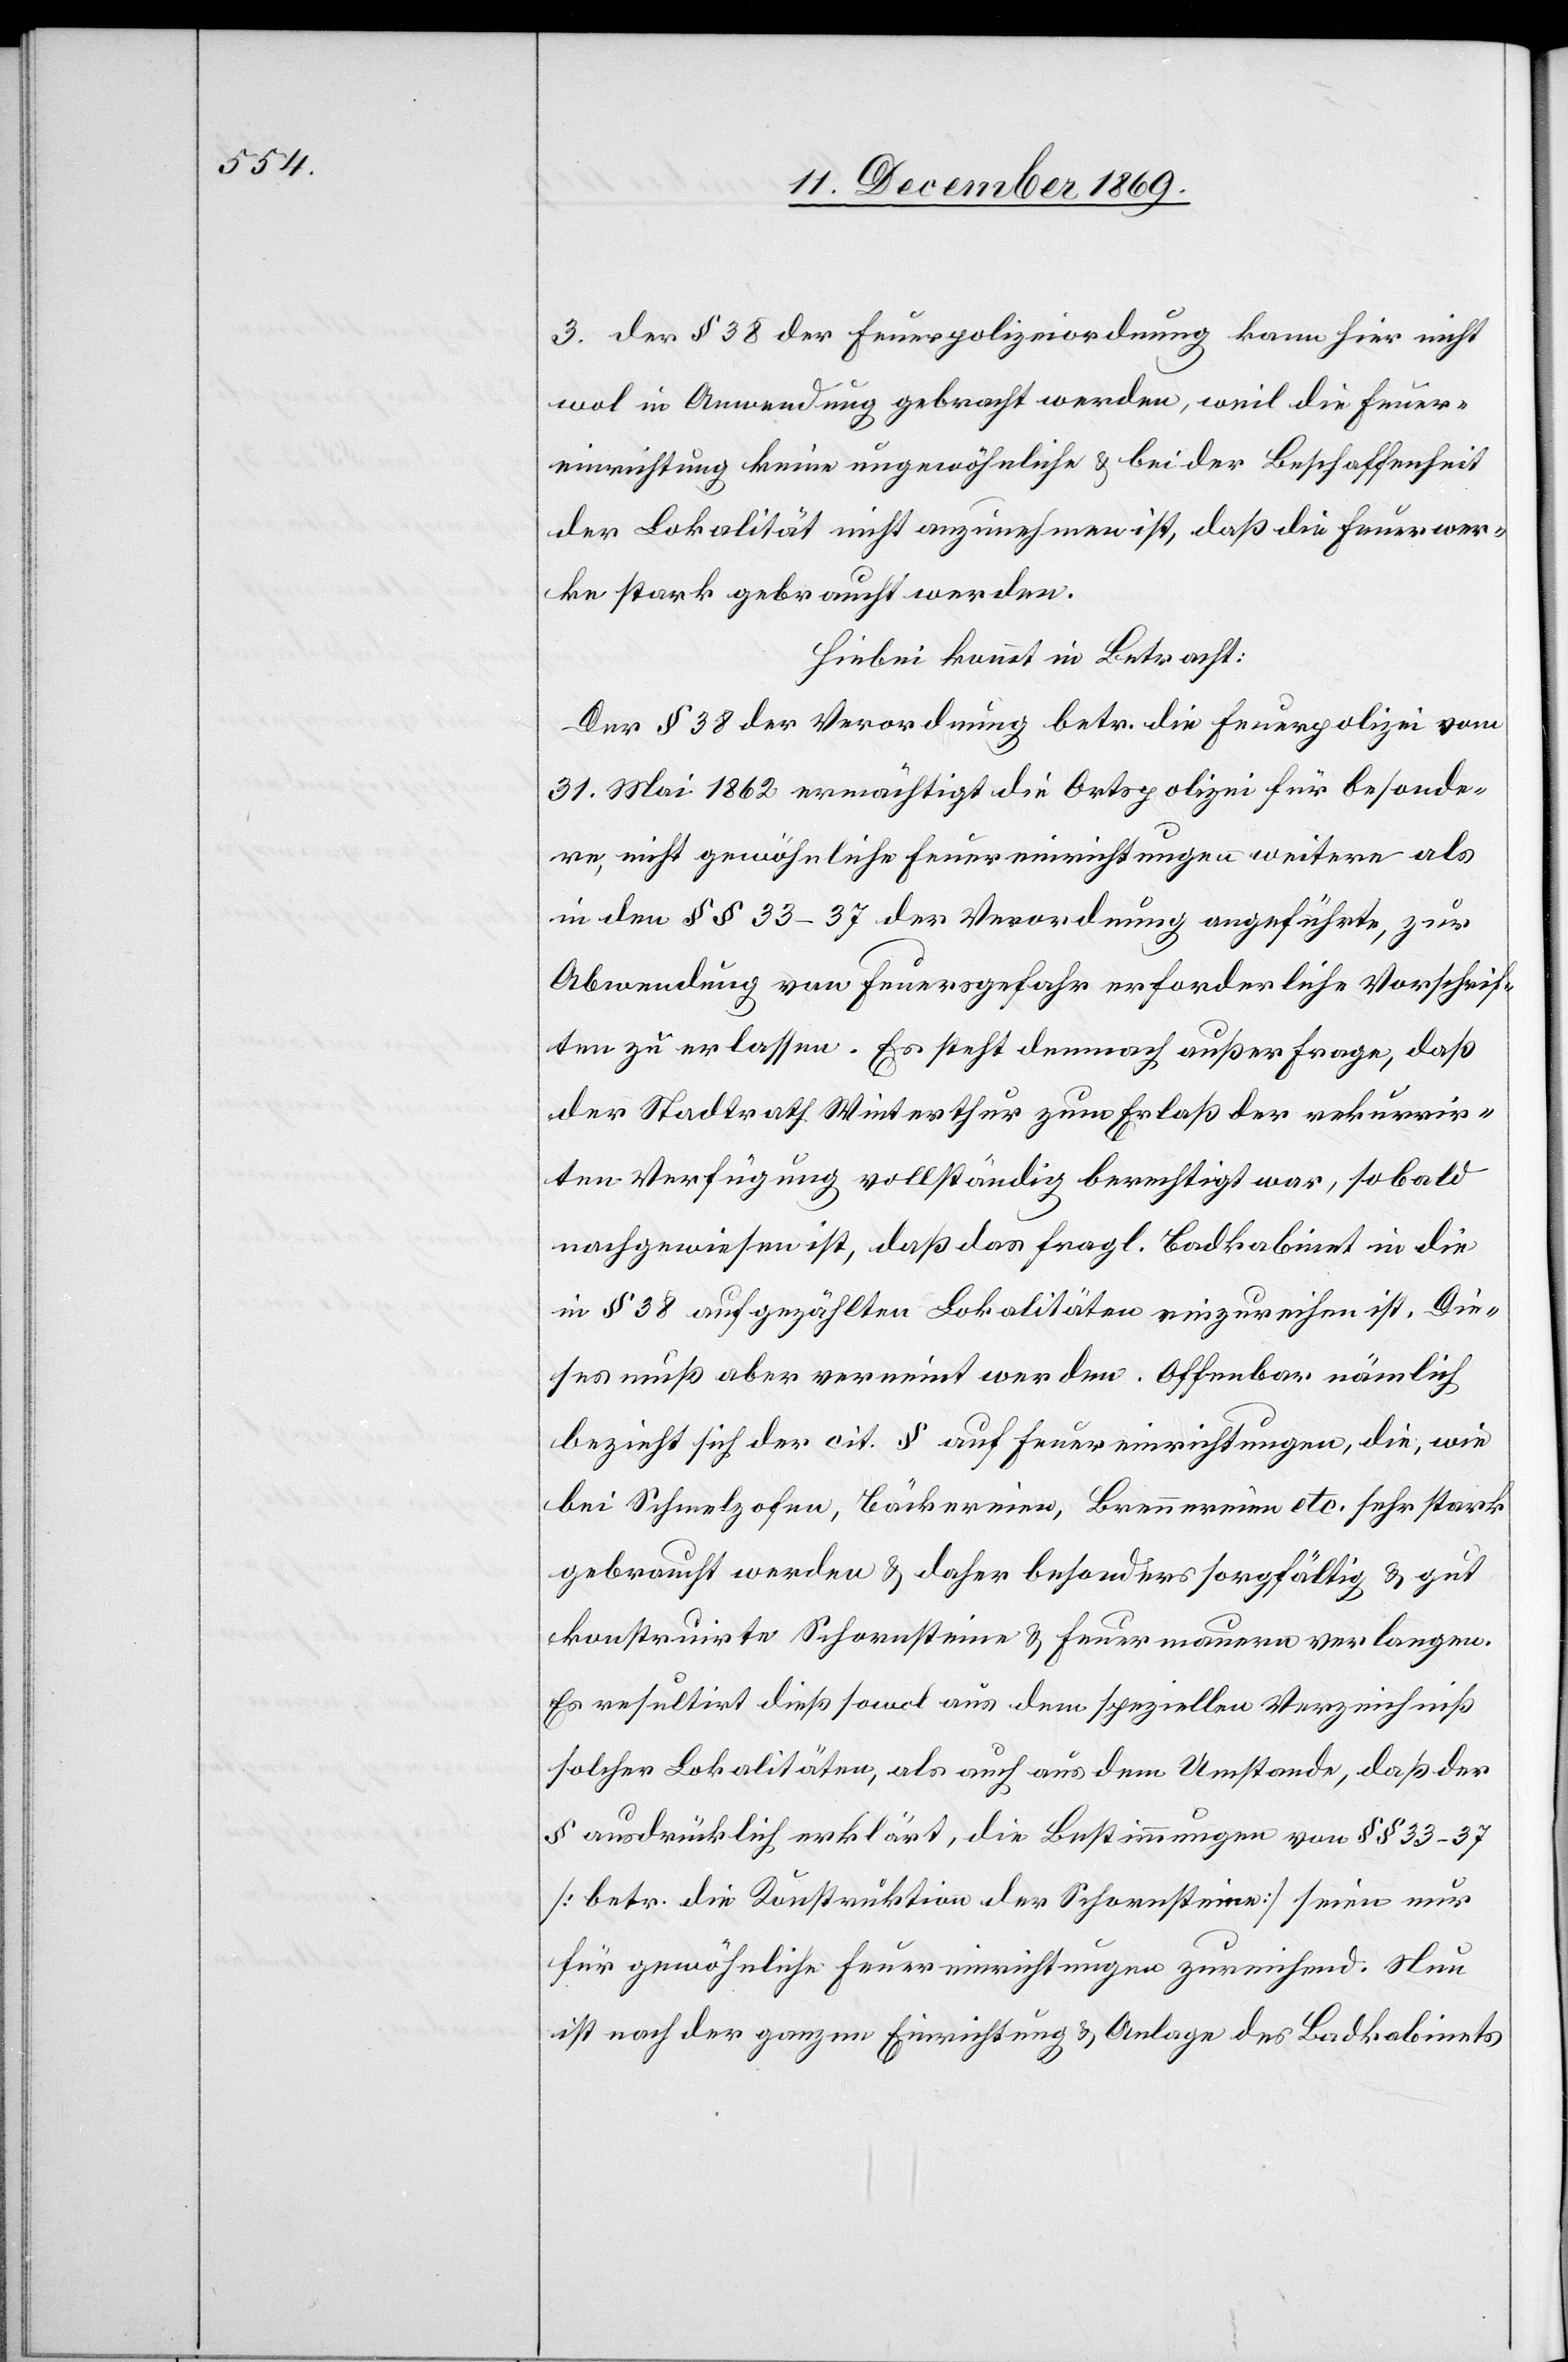
3. der § 38 der Feuerpolizeiordnung kann hier nicht
wol in Anwendung gebracht werden, weil die Feuer¬
einrichtung keine ungewöhnliche & bei der Beschaffenheit
der Lokalität nicht anzunehmen ist, daß die Feuerwer¬
ke stark gebraucht werden.
Hiebei kommt in Betracht:
Der § 38 der Verordnung betr. die Feuerpolizei vom
31. Mai 1862 ermächtigt die Ortspolizei für besonde¬
re, nicht gewöhnliche Feuereinrichtungen weitere als
in den §§ 33–37 der Verordnung angeführte, zur
Abwendung von Feuersgefahr erforderliche Vorschrif¬
ten zu erlassen. Es steht demnach außer Frage, daß
der Stadtrath Winterthur zum Erlaß der rekurrir¬
ten Verfügung vollständig berechtigt war, sobald
nachgewiesen ist, daß das fragl. Badkabinet in die
in § 38 aufgezählten Lokalitäten einzureihen ist. Die¬
ses muß aber verneint werden. Offenbar nämlich
bezieht sich der cit. § auf Feuereinrichtungen, die, wie
bei Schmelzofen, Bäckereien, Brennereien etc. sehr stark
gebraucht werden & daher besonders sorgfältig & gut
konstruirte Schornsteine & Feuermauern verlangen.
Es resultirt dieß sowol aus dem speziellen Verzeichniß
solcher Lokalitäten, als auch aus dem Umstande, daß der
§ ausdrücklich erklärt, die Bestimmungen von §§ 33–37
[betr. die Konstruktion der Schornsteine] seien nur
für gewöhnliche Feuereinrichtungen zureichend. Nun
ist nach der ganzen Einrichtung & Anlage des Badkabinets